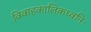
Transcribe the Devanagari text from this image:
विवाहकालिकध्वनिः